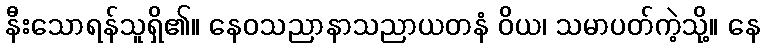
နီးသောရန်သူရှိ၏။ နေဝသညာနာသညာယတနံ ဝိယ၊ သမာပတ်ကဲ့သို့။ နေ